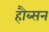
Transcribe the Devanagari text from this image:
हौब्सन